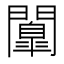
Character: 𮤤